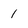
Character: 1